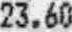
23.60